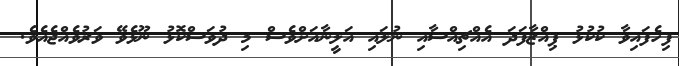
ފިހެފައިވާ ކުކުޅު ޕިއްޒާފަދަ އެއްޗިއްސާއި ނުލައި އަލީނާއަށްވެސް މި ދުވަސްކޮޅު ނޫޅެވޭ ވަރުވެއްޖެއެވެ.